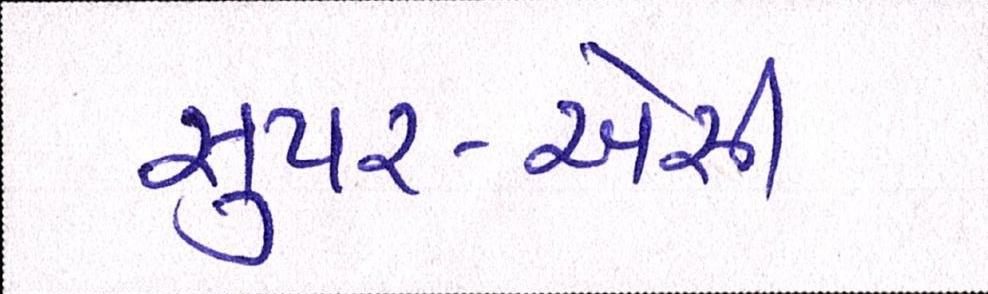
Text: સુપર-એસી